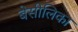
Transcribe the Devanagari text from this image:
बेसीलिका